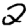
Digit: 2